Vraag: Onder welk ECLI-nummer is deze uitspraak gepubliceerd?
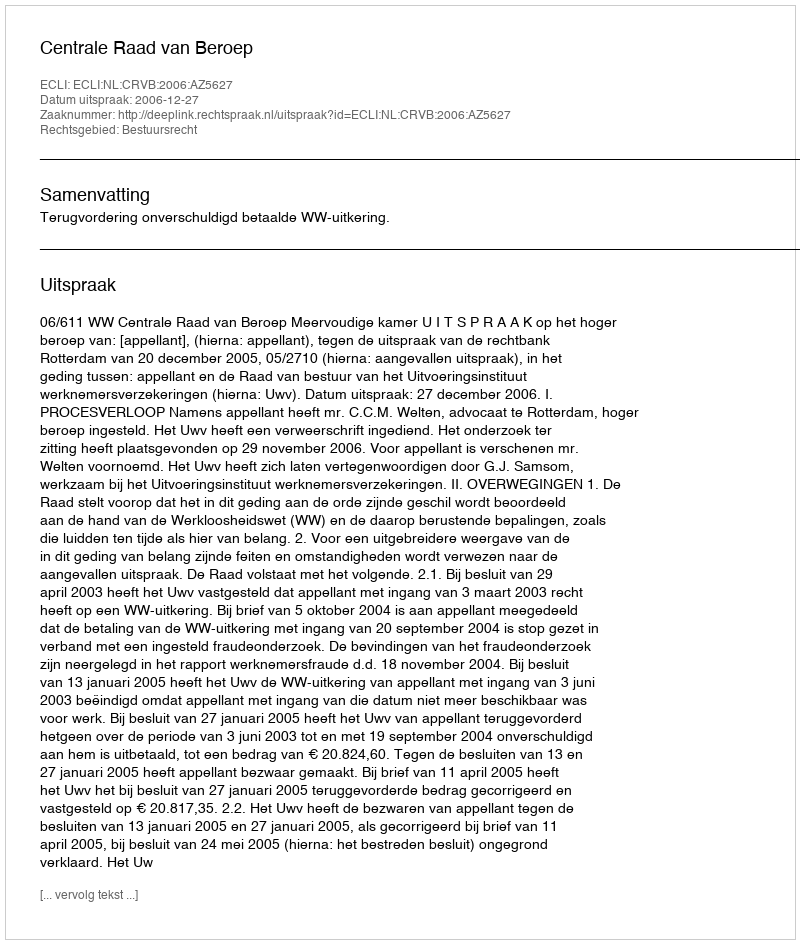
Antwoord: ECLI:NL:CRVB:2006:AZ5627